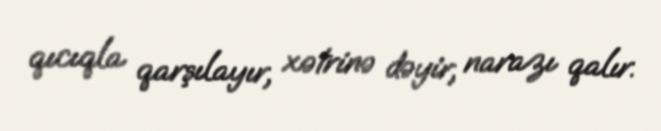
qıcıqla qarşılayır, xətrinə dəyir, narazı qalır.